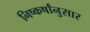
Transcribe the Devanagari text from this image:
निष्कर्षांनुसार